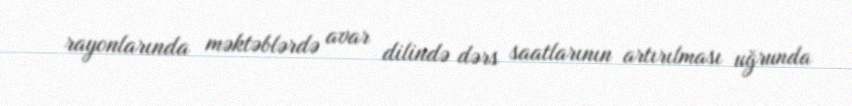
rayonlarında məktəblərdə avar dilində dərs saatlarının artırılması uğrunda